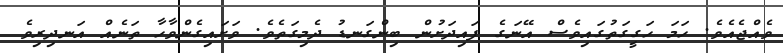
ވެއްޖެއެވެ. ހަމަ ހަގީގަތުގައިވެސް އޭނަގެ ފައިދަށުން ބިންގަނޑު ދެމިގަތެވެ. ވަށައިގެންވާހާ ތަނެއް އަނދިރިވެ